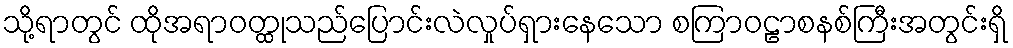
သို့ရာတွင် ထိုအရာဝတ္ထုသည်ပြောင်းလဲလှုပ်ရှားနေသော စကြာဝဠာစနစ်ကြီးအတွင်းရှိ